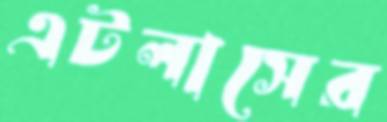
এটলাসের